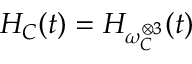
H _ { C } ( t ) = H _ { \omega _ { C } ^ { \otimes 3 } } ( t )